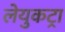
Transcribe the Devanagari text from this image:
लेयुकट्रा